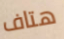
هتاف